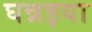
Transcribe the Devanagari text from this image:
घन्नइया